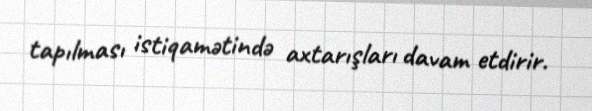
tapılması istiqamətində axtarışları davam etdirir.